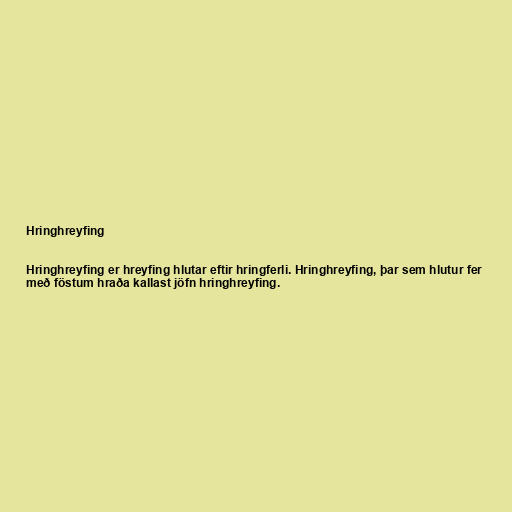
Hringhreyfing

Hringhreyfing er hreyfing hlutar eftir hringferli. Hringhreyfing, þar sem hlutur fer
með föstum hraða kallast jöfn hringhreyfing.